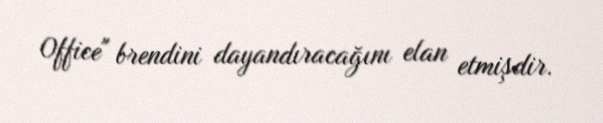
Office" brendini dayandıracağını elan etmişdir.